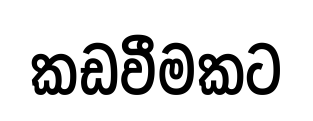
කඩවීමකට